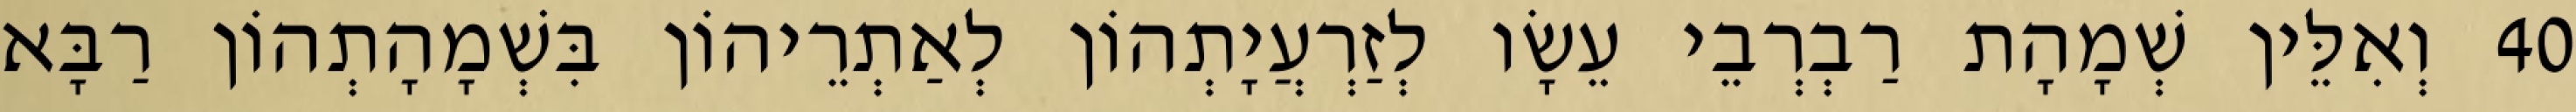
40 וְאִלֵּין שְׁמָהָת רַבְרְבֵי עֵשָׂו לְזַרְעֲיָתְהוֹן לְאַתְרֵיהוֹן בִּשְׁמָהָתְהוֹן רַבָּא